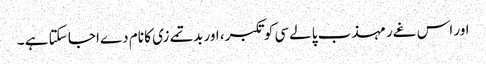
اور اس غےر مہذب پالےسی کو تکبر، اور بدتمےزی کا نام دےا جا سکتا ہے ۔